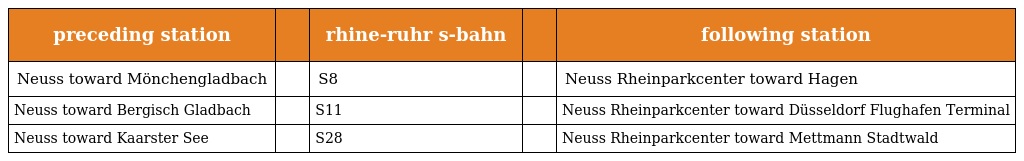
| preceding station |  | rhine-ruhr s-bahn |  | following station |
 | --- | --- | --- | --- | --- |
 | Neuss toward Mönchengladbach |  | S8 |  | Neuss Rheinparkcenter toward Hagen |
 | Neuss toward Bergisch Gladbach |  | S11 |  | Neuss Rheinparkcenter toward Düsseldorf Flughafen Terminal |
 | Neuss toward Kaarster See |  | S28 |  | Neuss Rheinparkcenter toward Mettmann Stadtwald |